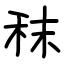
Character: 秣